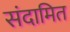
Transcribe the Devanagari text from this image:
संदामित